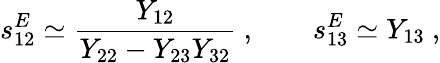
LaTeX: s_{12}^{E}\simeq\frac{Y_{12}}{Y_{22}-Y_{23}Y_{32}}\ ,\qquad s_{13}^{E}\simeq Y_{13}\ ,